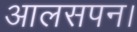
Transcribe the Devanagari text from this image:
आलसपन।